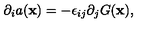
\partial _ { i } a ( { \bf x } ) = - \epsilon _ { i j } \partial _ { j } G ( { \bf x } ) ,